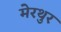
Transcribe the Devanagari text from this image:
मेरथुर